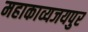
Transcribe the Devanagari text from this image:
महाकाव्यजयपुर